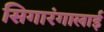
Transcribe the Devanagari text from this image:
सिगारंगालाई